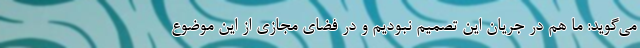
می‌گوید: ما هم در جریان این تصمیم نبودیم و در فضای مجازی از این موضوع